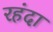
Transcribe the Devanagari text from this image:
रहंदा